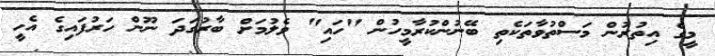
މީގެ އިތުރުން މަސްތުވާތަކެތި ބޭނުންކުރާމީހުން "ހައި" ވެލުމަށް ބާރުގަދަ ނޫން ހަރުފައިގެ އެހީ